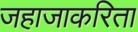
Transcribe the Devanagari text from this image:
जहाजाकरिता